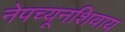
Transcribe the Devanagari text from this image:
नेपच्यूनशिवाय